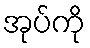
အုပ်ကို